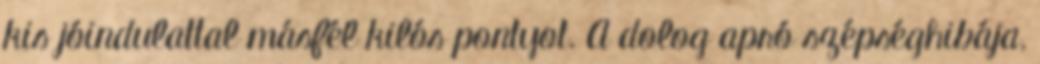
kis jóindulattal másfél kilós pontyot. A dolog apró szépséghibája,